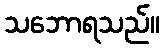
သဘောရသည်။